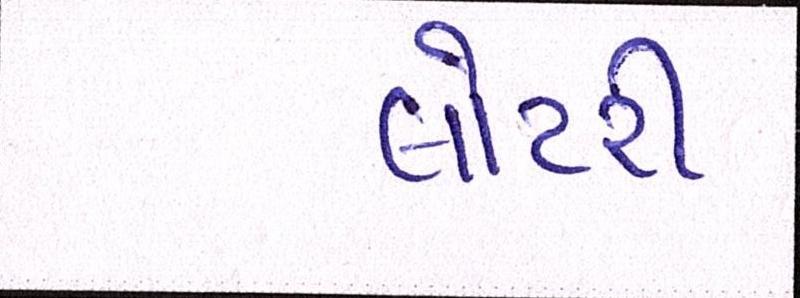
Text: લોટરી